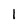
Character: I